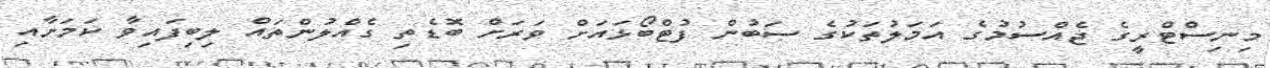
މިނިސްޓްރީގެ ޖެއްސުމުގެ އަމަލުތަކުގެ ސަބުން ފުޓްބޯޅައަށް ވަރަށް ބޮޑެތި ގެއްލުންތައް ލިބިފައިވާ ކަމަށާއި